system: You are a helpful assistant.
user:
Analyze the provided spectrum to determine if it is a **"Cataclysmic Variables (CV)"**.

- **Key Indicators for CV (Check for either state):**
    - **State 1: Quiescent / Low-State (Emission-Dominated)**
        - **(Primary):** Strong and *very broad* Hydrogen Balmer emission lines (e.g., $H\alpha$ at 6563 Å, $H\beta$ at 4861 Å). The 'broadness' (high velocity dispersion, often FWHM > 1000 km/s) is the key diagnostic, indicating a high-velocity accretion disk.
        - **(Secondary):** Broad neutral Helium (He I) emission lines (e.g., 5876 Å, 6678 Å).
        - **(Key Confirmation):** Presence of high-excitation *ionized* Helium (He II) emission at 4686 Å. This is a strong indicator of accretion onto a white dwarf.
        - **(Line Profile):** Emission lines may exhibit a 'double-peaked' profile, which is a classic signature of a rotating accretion disk viewed at high inclination.

    - **State 2: Outburst / High-State (Absorption-Dominated)**
        - **(Primary):** Spectrum is dominated by a bright, blue continuum (looks like a hot star).
        - **(Secondary):** The emission lines from State 1 are weak, absent, or 'filled in', and are replaced by broad, shallow *absorption* lines (primarily Balmer and He I).
        - **(Morphology):** The overall spectrum mimics a hot B/A-type star. The crucial difference is that the absorption lines are significantly broader, shallower, and more 'washed-out' (or 'smeared') than the sharp lines of a normal stellar photosphere, due to high rotational speeds and pressure broadening in the disk.

Think first, call **spectral_visualization_tool** if needed to examine features in detail, then provide your final answer. Your response must adhere to the following strict rules:
1.  **Overall Structure:** Your response must follow the format `<think>...</think> <tool_call>...</tool_call> (if a tool is used) <answer>...</answer>`.
2.  **Tool Usage Constraint:** You may only make **one** tool call per turn.
3.  **Final Answer Format:** In the `<answer>` tag, your conclusion must be inside a `\boxed{}` command (e.g., `\boxed{YES}`), followed by your justification.

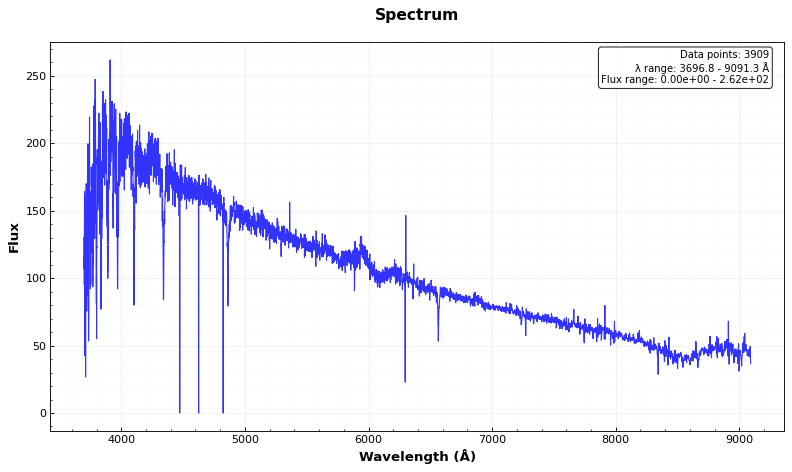
Answer: NO